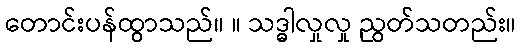
တောင်းပန်ထွာသည်။ ။ သဒ္ဓါလှုလှု ညွတ်သတည်း။